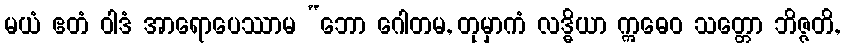
မယံ ဧတံ ဝါဒံ အာရောပေဿာမ “ဘော ဂေါတမ, တုမှာကံ လဒ္ဓိယာ ဣဓေဝ သတ္တော ဘိဇ္ဇတိ,